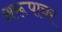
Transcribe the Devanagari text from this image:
अरूपाचर